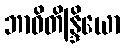
ဘာဝိတိန္ဒြိယော